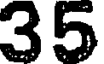
35